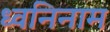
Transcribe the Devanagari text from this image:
ध्वनिनाम